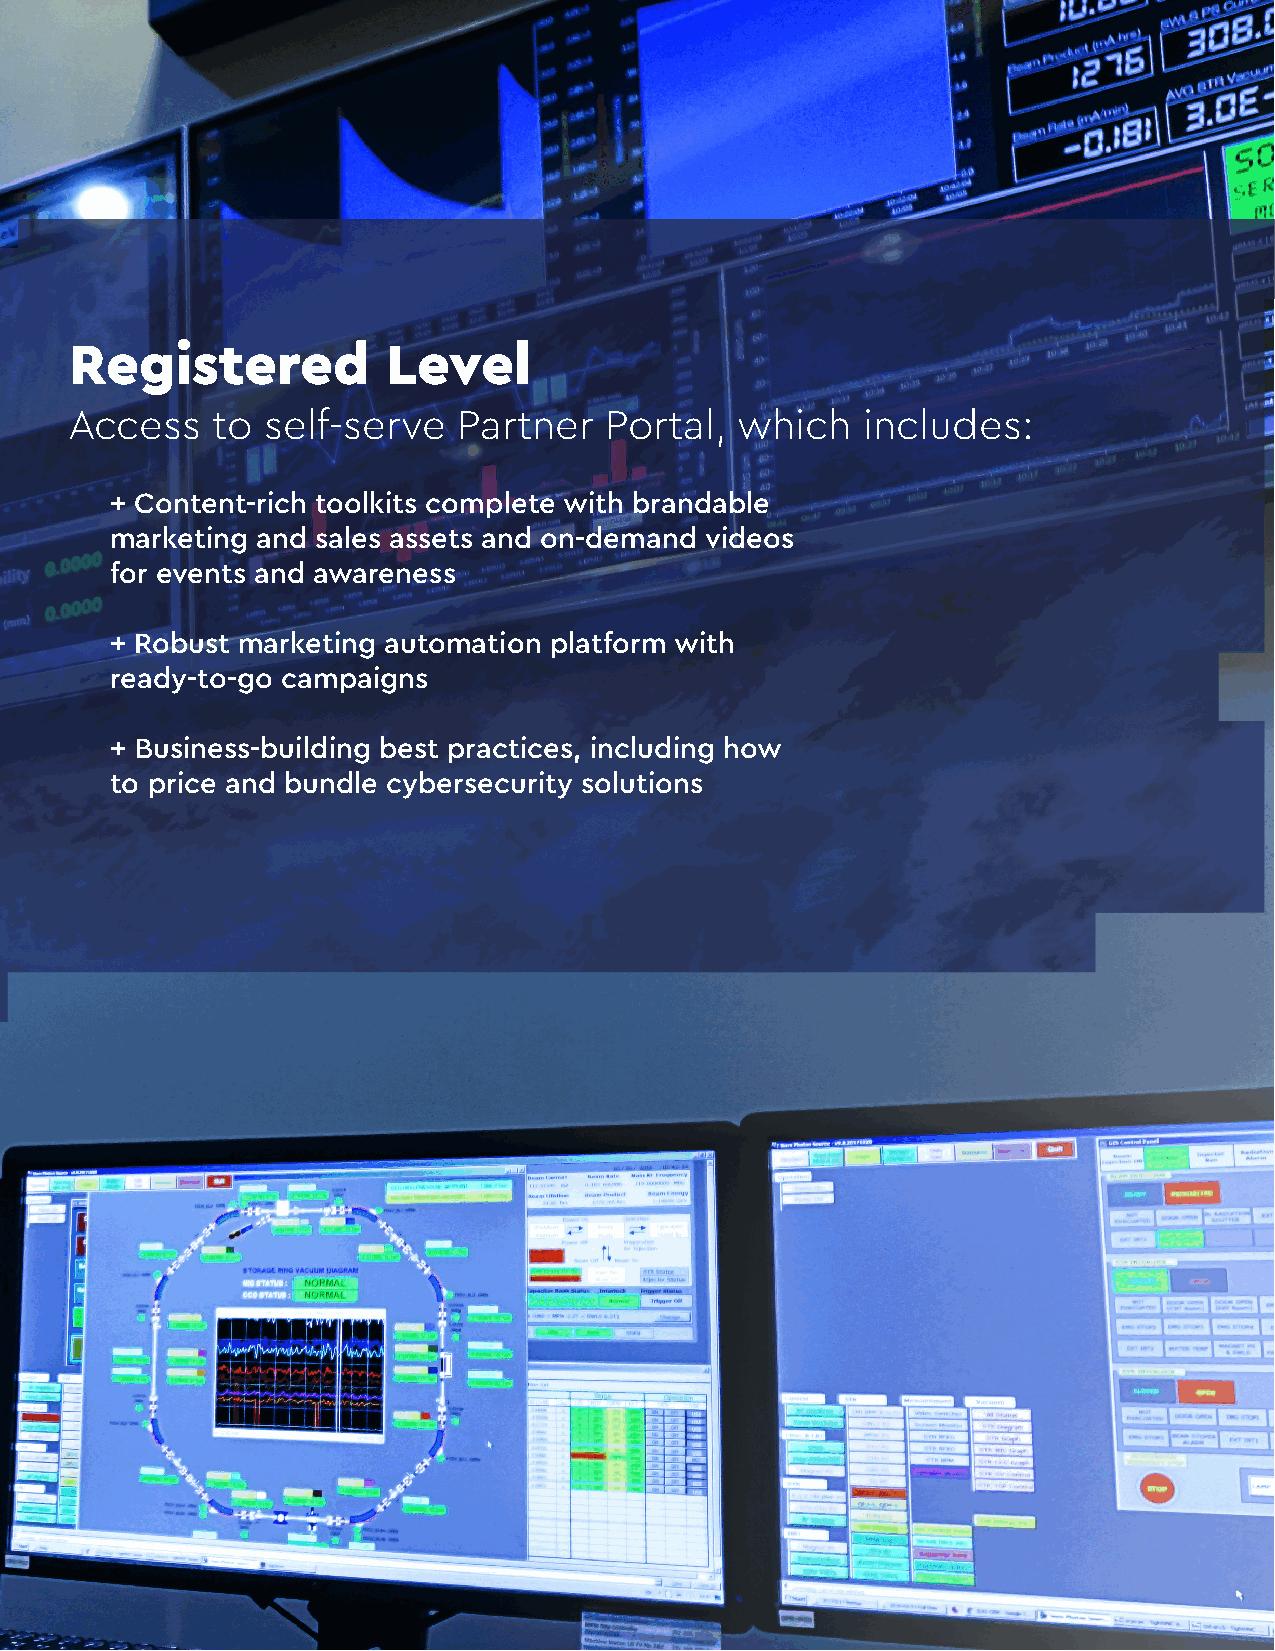
Registered           Level
 Access    to  self-serve  Partner   Portal,  which   includes:
 + Content-rich toolkits complete with brandable
 marketing and sales assets and on-demand videos
 for events and awareness
 + Robust marketing automation platform with
 ready-to-go campaigns
 + Business-building best practices, including how
 to price and bundle cybersecurity solutions